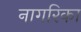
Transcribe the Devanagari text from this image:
नागरिका